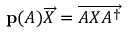
\mathbf { p } ( A ) { \overrightarrow { X } } = { \overrightarrow { A X A ^ { \dagger } } }